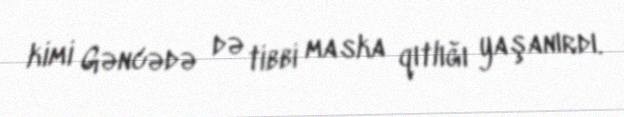
kimi Gəncədə də tibbi maska qıtlığı yaşanırdı.